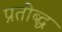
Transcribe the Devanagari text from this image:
प्रतीब्द्ध